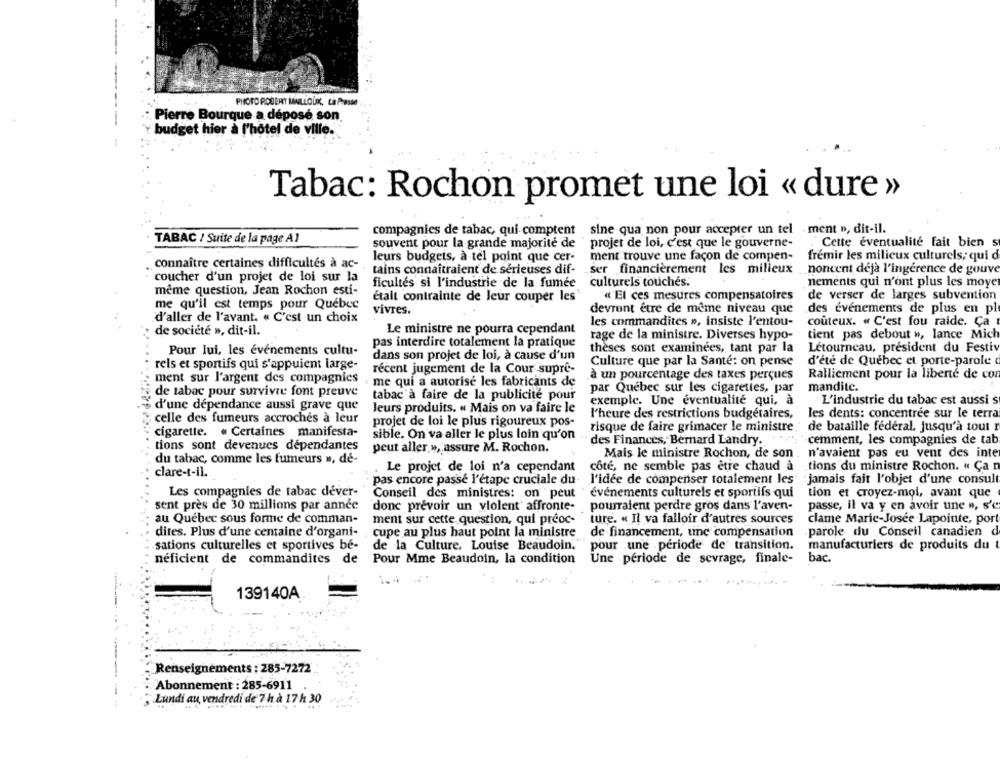
PHOTO ROBERT MALLOUK, La Presse
---
Pierre Bourque a déposé son
budget hier à l'hotel de ville.
Tabac: Rochon promet une loi « dure »
compagnies de tabac, qui comptent
sine qua non pour accepter un tel ment », dit-il.
TABAC / Suite de la page A1
souvent pour la grande majorité de
projet de loi, c'est que le gouverne-
Cette eventualite fait bien s
leurs budgets, a tel point que cer-
ment trouve une façon de compen-
fremir les milieux culturels; qui d
connaître certaines difficultés à ac-
tains connaitraient de sérieuses dif-
ser financièrement les milieux
noncent deja l'ingerence de gouve
coucher d'un projet de loi sur la
ficultes si l'industrie de la fumée
culturels touches.
nements qui n'ont plus les moyer
même question, Jean Rochon esti-
« El ces mesures compensatoires
de verser de larges subvention
me qu'il est temps pour Quebec
était contrainte de leur couper les
vivres.
devront être de même niveau que
des événements de plus en pl
d'aller de l'avant. « C'est un choix
les commandites », insiste l'entou-
couteux. « C'est fou raide. Ça
de société », dit-il.
Le ministre ne pourra cependant
tient pas debout », lance Mich
rage de la ministre. Diverses hypo-
pas interdire totalement la pratique
theses sont examinees, tant par la
Letourneau, president du Festiv
Pour lui, les evenements cultu-
dans son projet de loi, à cause d'un
rels et sportifs qui s'appuient large-
Culture que par la Santé: on pense
d'été de Quebec et porte-parole
récent jugement de la Cour supre-
ment sur l'argent des compagnies
à un pourcentage des taxes perçues
Ralliement pour la liberté de co
me qui a autorise les fabricants de
mandite.
de tabac pour survivre font preuve
tabac à faire de la publicite pour
par Quebec sur les cigarettes, par
exemple. Une éventualité qui, à
L'industrie du tabac est aussi s
d'une dépendance aussi grave que
leurs produits. « Mais on va faire le
l'heure des restrictions budgétaires,
les dents: concentree sur le terra
celle des fumeurs accrochés à leur
projet de loi le plus rigoureux pos-
cigarette. « Certaines manifesta-
risque de faire grimacer le ministre
de bataille federal. jusqu'à tout r
sible. On va aller le plus loin qu'on
des Finances, Bernard Landry.
cemment, les compagnies de tab
tions sont devenues dépendantes
peut aller,», assure M. Rochon.
Mais le ministre Rochon, de son
n'avaient pas eu vent des inte
du tabac, comme les fumeurs », de-
Le projet de loi n'a cependant
côte, ne semble pas etre chaud à
tions du ministre Rochon. « Ça n
clare-t-il.
pas encore passé l'étape cruciale du
l'idée de compenser totalement les
jamais fait l'objet d'une consul
Les compagnies de tabac dever-
Conseil des ministres: on peut
événements culturels et sportifs qui
tion et croyez-moi, avant que
sent près de 30 millions par année
donc prévoir un violent' affronte-
pourraient perdre gros dans l'aven-
passe, il va y en avoir une », s'e
au Québec sous forme de comman-
ment sur cette question, qui preoc-
ture. « Il va falloir d'autres sources
clame Marie-Josee Lapointe, por!
dites. Plus d'une centaine d'organi-
cupe au plus haut point la ministre
de financement, une compensation
.parole du Conseil canadien d
sations culturelles et sportives be-
de la Culture, Louise Beaudoin."
pour une .periode de' transition.
manufacturiers de produits du t
néficient de commandites de
Pour Mme Beaudoin, la condition
Une période de sevrage, finale-
bac.
139140A
Renseignements : 285-7272
Abonnement : 285-6911
Lundi au vendredi de 7 h à 17 h 30